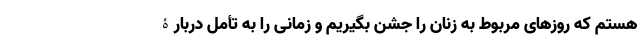
هستم که روزهای مربوط به زنان را جشن بگیریم و زمانی را به تأمل دربارۀ